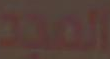
المجد